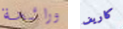
ورائحة كاريف